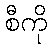
စီကို